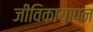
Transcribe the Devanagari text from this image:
जीविकायापन